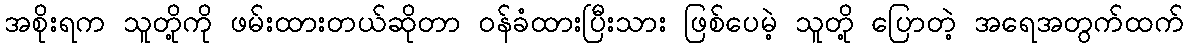
အစိုးရက သူတို့ကို ဖမ်းထားတယ်ဆိုတာ ဝန်ခံထားပြီးသား ဖြစ်ပေမဲ့ သူတို့ ပြောတဲ့ အရေအတွက်ထက်